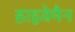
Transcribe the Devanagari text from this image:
हाइवेमैन